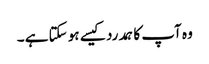
وہ آپ کا ہمدرد کیسے ہو سکتا ہے ۔